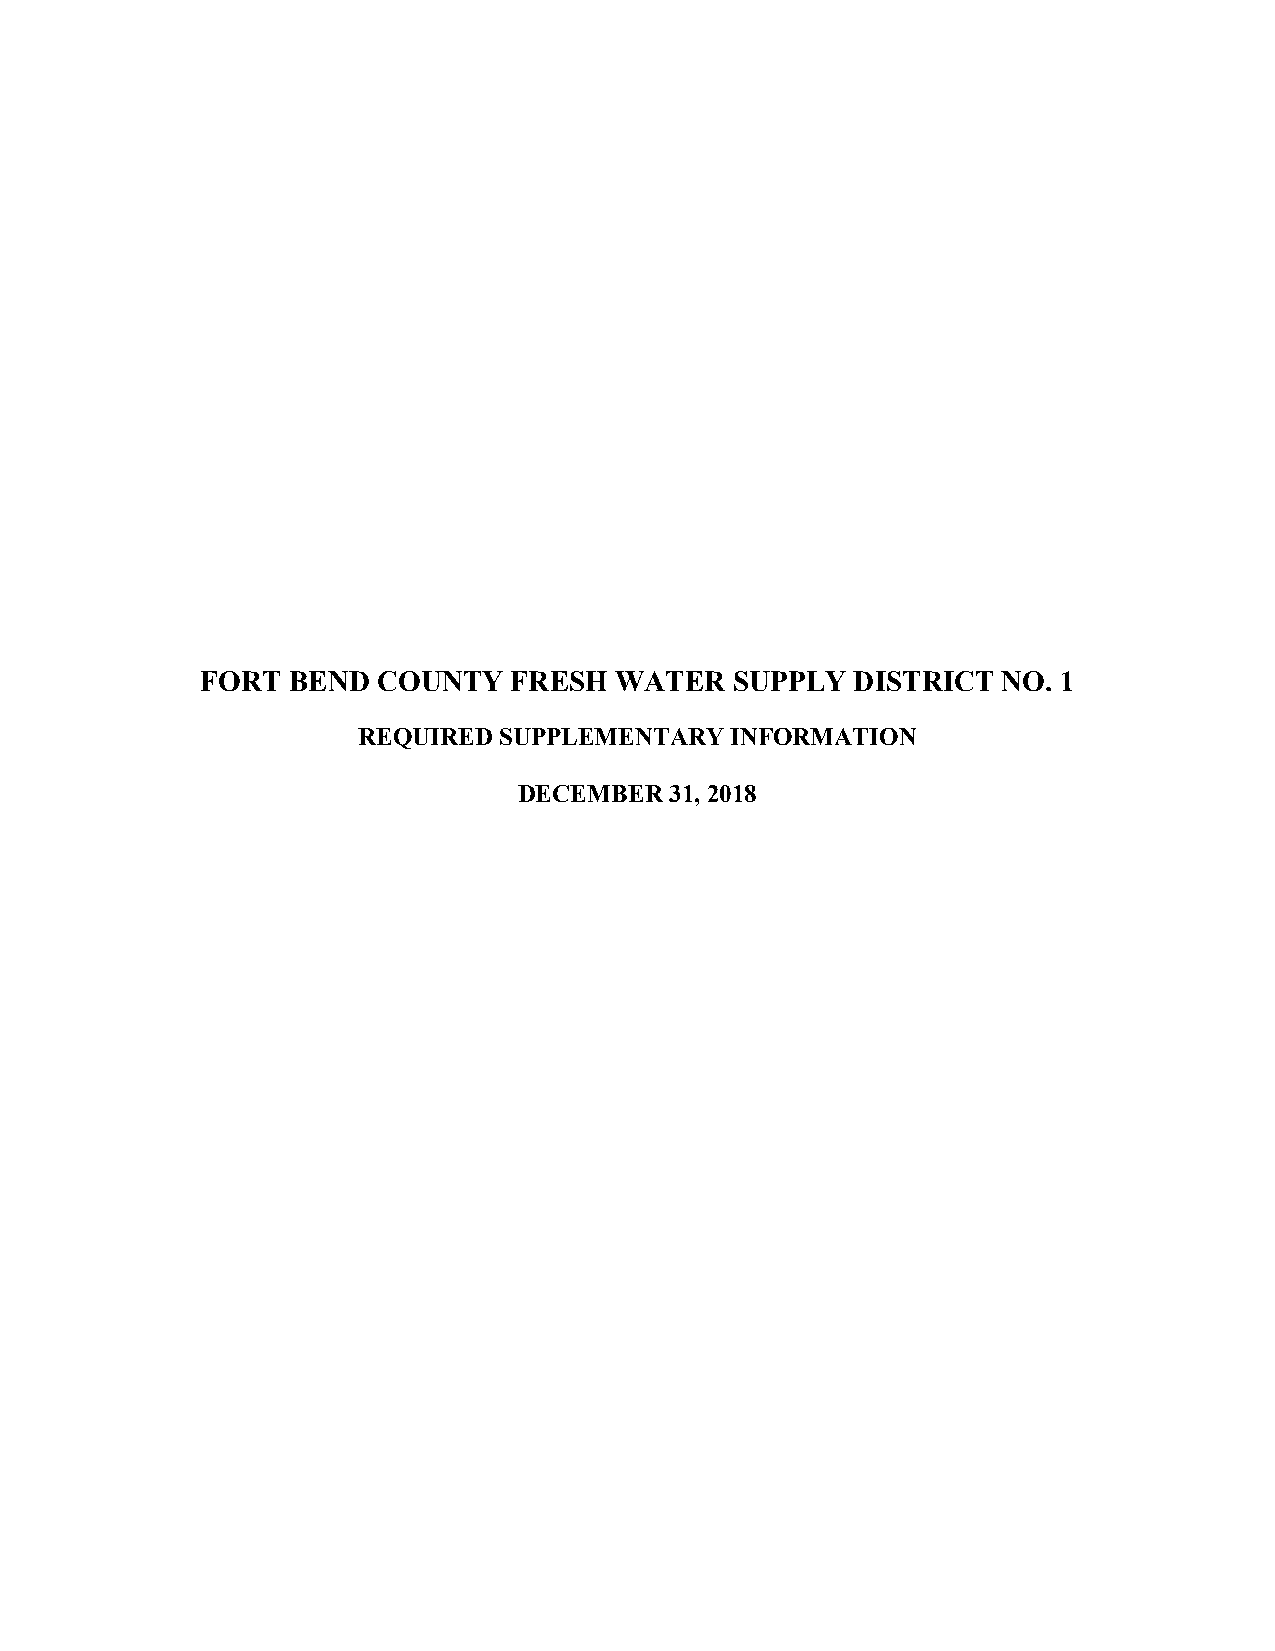
FORT  BEND  COUNTY   FRESH  WATER   SUPPLY  DISTRICT NO. 1
 REQUIRED SUPPLEMENTARY  INFORMATION
 DECEMBER  31, 2018